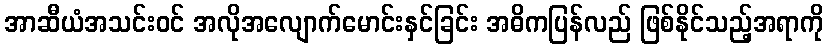
အာဆီယံအသင်းဝင် အလိုအလျောက်မောင်းနှင်ခြင်း အဓိကပြန်လည် ဖြစ်နိုင်သည့်အရာကို